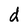
Character: d